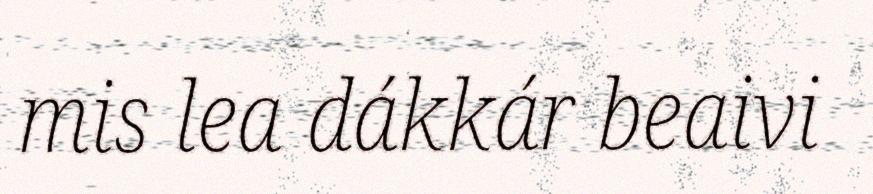
mis lea dákkár beaivi